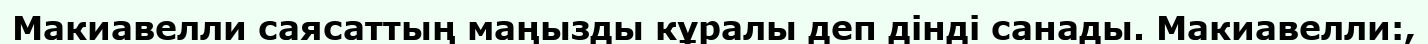
Макиавелли саясаттың маңызды кұралы деп дінді санады. Макиавелли:,